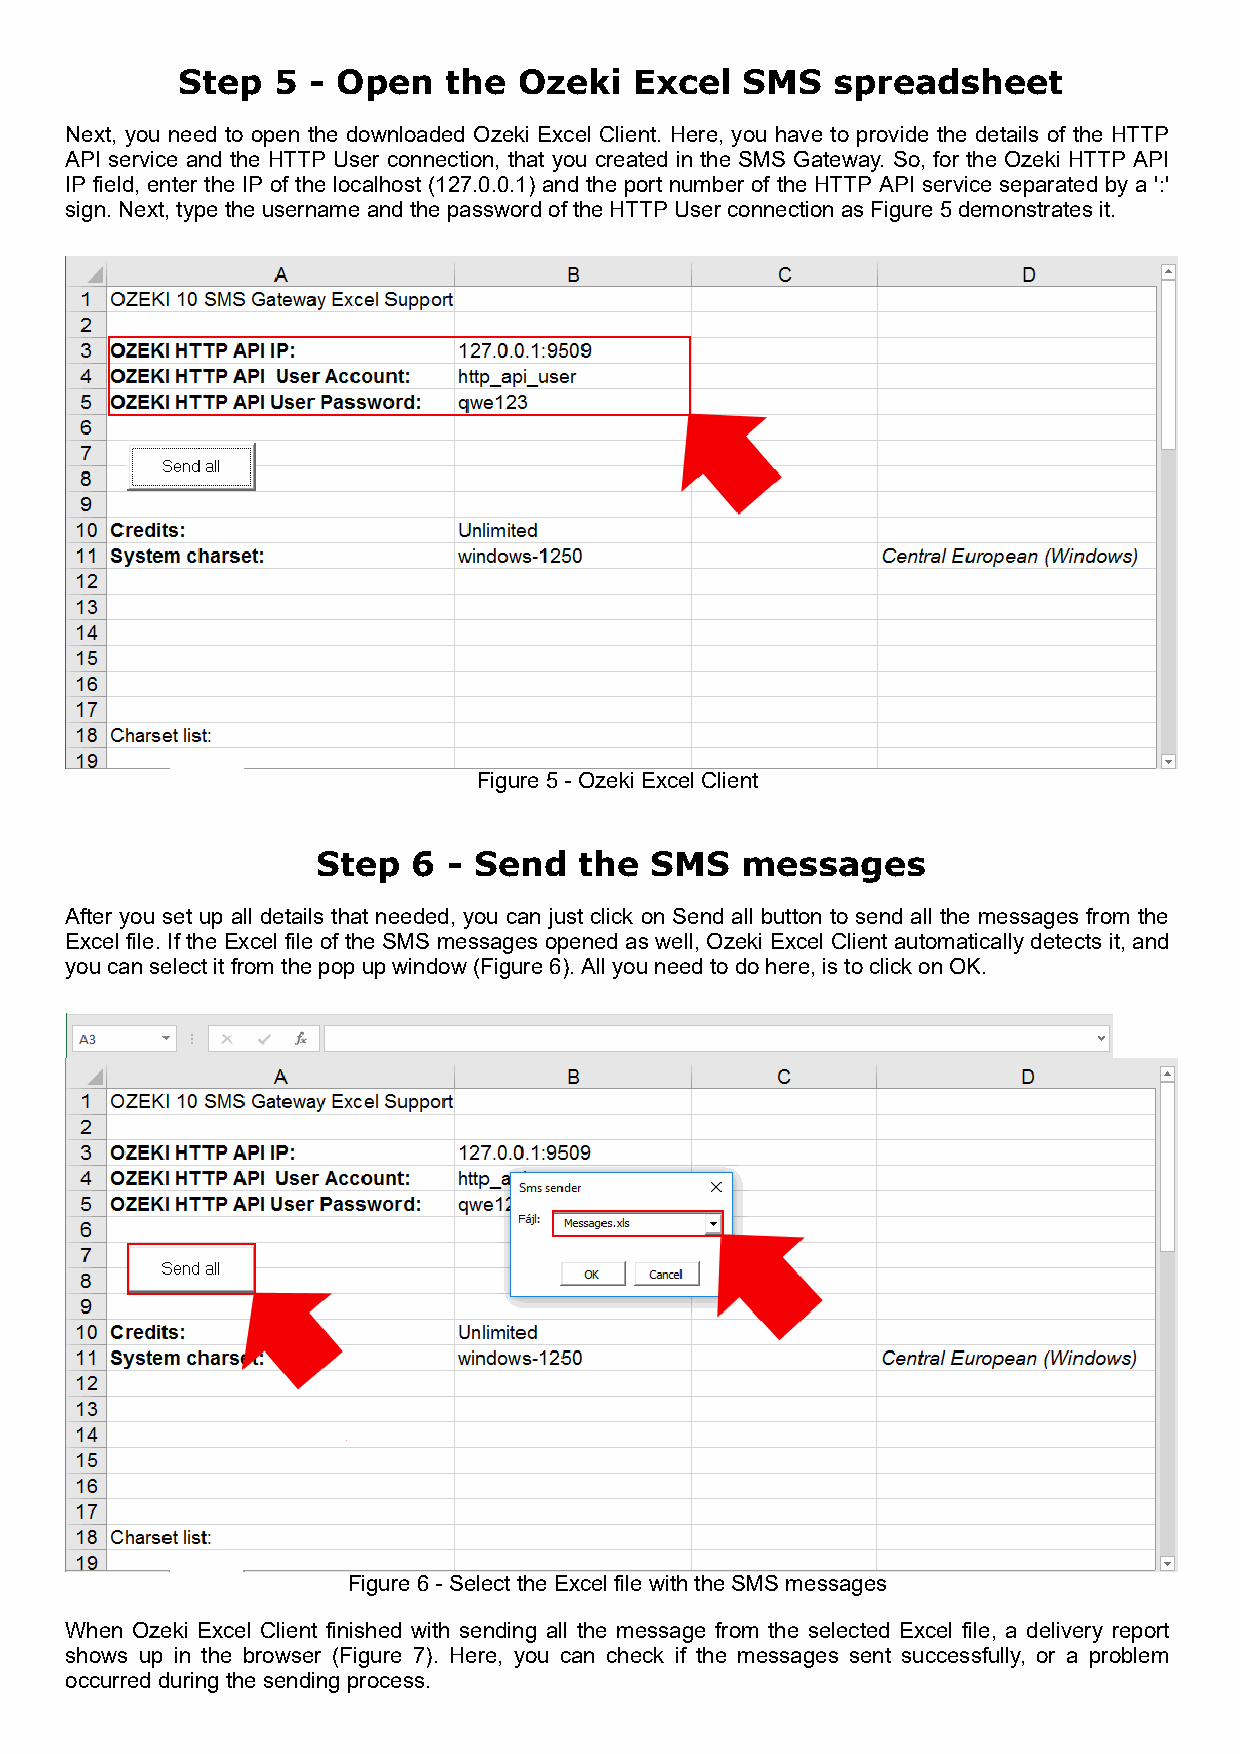
Step  5 - Open   the  Ozeki   Excel  SMS   spreadsheet
 Next, you need to open the downloaded Ozeki Excel Client. Here, you have to provide the details of the HTTP
 API service and the HTTP User connection, that you created in the SMS Gateway. So, for the Ozeki HTTP API
 IP field, enter the IP of the localhost (127.0.0.1) and the port number of the HTTP API service separated by a ':'
 sign. Next, type the username and the password of the HTTP User connection as Figure 5 demonstrates it.
 Figure 5 - Ozeki Excel Client
 Step  6  - Send  the  SMS   messages
 After you set up all details that needed, you can just click on Send all button to send all the messages from the
 Excel file. If the Excel file of the SMS messages opened as well, Ozeki Excel Client automatically detects it, and
 you can select it from the pop up window (Figure 6). All you need to do here, is to click on OK.
 Figure 6 - Select the Excel file with the SMS messages
 When Ozeki Excel Client finished with sending all the message from the selected Excel file, a delivery report
 shows up in the browser (Figure 7). Here, you can check if the messages sent successfully, or a problem
 occurred during the sending process.